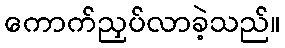
ကောက်ညှပ်လာခဲ့သည်။